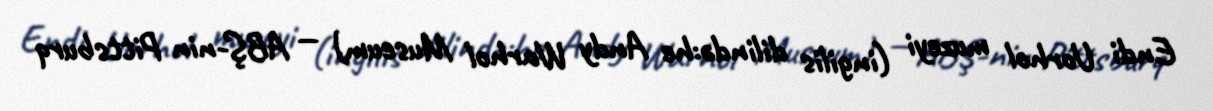
Endi Uorhol muzeyi (ingilis dilində:he Andy Warhol Museum) — ABŞ-nin Pittsburq